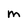
Character: M